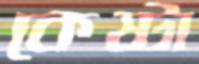
কেষ্টা